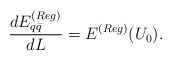
\begin{align*}\frac{d E_{q\bar{q}}^{(Reg)}}{d L} = E^{(Reg)}(U_0).\end{align*}